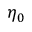
\eta _ { 0 }